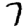
Digit: 7